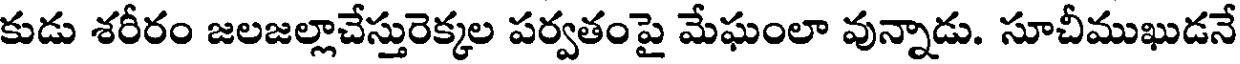
కుడు శరీరం జలజల్లాచేస్తురెక్కల పర్వతంపై మేఘంలా వున్నాడు. సూచీముఖుడనే